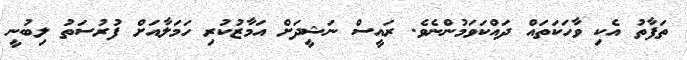
ތަފާތު އެކި ވާހަކަތައް ދައްކަވަމުންނެވެ. ރައީސް ނަޝީދަށް އަމާޒުކުރި ހަމަލާއަށް ފުރުސަތު ލިބުނީ